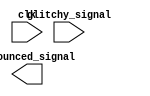
module debouncer #(
    parameter WIDTH              = 1,
    parameter SAMPLE_CNT_MAX     = 25000,
    parameter PULSE_CNT_MAX      = 150,
    parameter WRAPPING_CNT_WIDTH = $clog2(SAMPLE_CNT_MAX) + 1,
    parameter SAT_CNT_WIDTH      = $clog2(PULSE_CNT_MAX) + 1)
(
    input clk,
    input [WIDTH-1:0] glitchy_signal,
    output [WIDTH-1:0] debounced_signal
);
    // TODO: Your code

endmodule